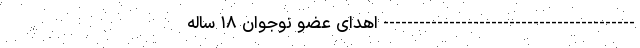
------------------------------------------ اهدای عضو نوجوان ۱۸ ساله